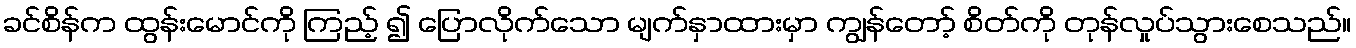
ခင်စိန်က ထွန်းမောင်ကို ကြည့် ၍ ပြောလိုက်သော မျက်နှာထားမှာ ကျွန်တော့် စိတ်ကို တုန်လှုပ်သွားစေသည်။